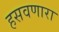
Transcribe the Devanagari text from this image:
हसवणारा